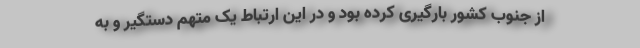
از جنوب کشور بارگیری کرده بود و در این ارتباط یک متهم دستگیر و به